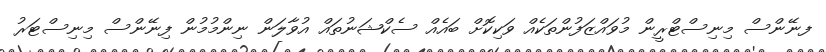
ފނޭންސް މިނިސްޓްރީން މުވައްޒަފުންތަކެއް ވަކިކޮށް ބައެއް ސެކްޝަނުތައް އުވާލަން ނިންމުމުން ފިނޭންސް މިނިސްޓަރު